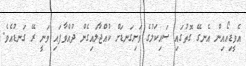
އެވީޑިއޯއިން އެނގޭ ގޮތުގައި ސައިކަލުގެ ވަށިގަނޑަށް ކުއްޖާލައިގެން ދުއްވާފައި ވަނީ ރޭ ގަނޑުއެވެ.